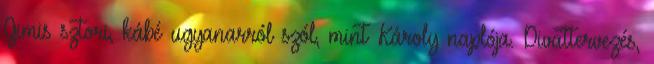
Gimis sztori, kábé ugyanarról szól, mint Károly naplója. Divattervezés,